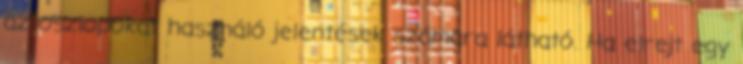
az oszlopokat használó jelentések számára látható. Ha elrejt egy